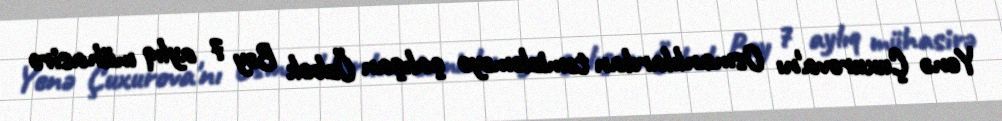
Yenə Çuxurova'nı Osmanlılardan təmizləməyə çalışan Özbək Bəy 7 aylıq mühasirə